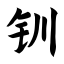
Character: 钏